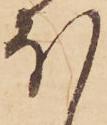
ほ